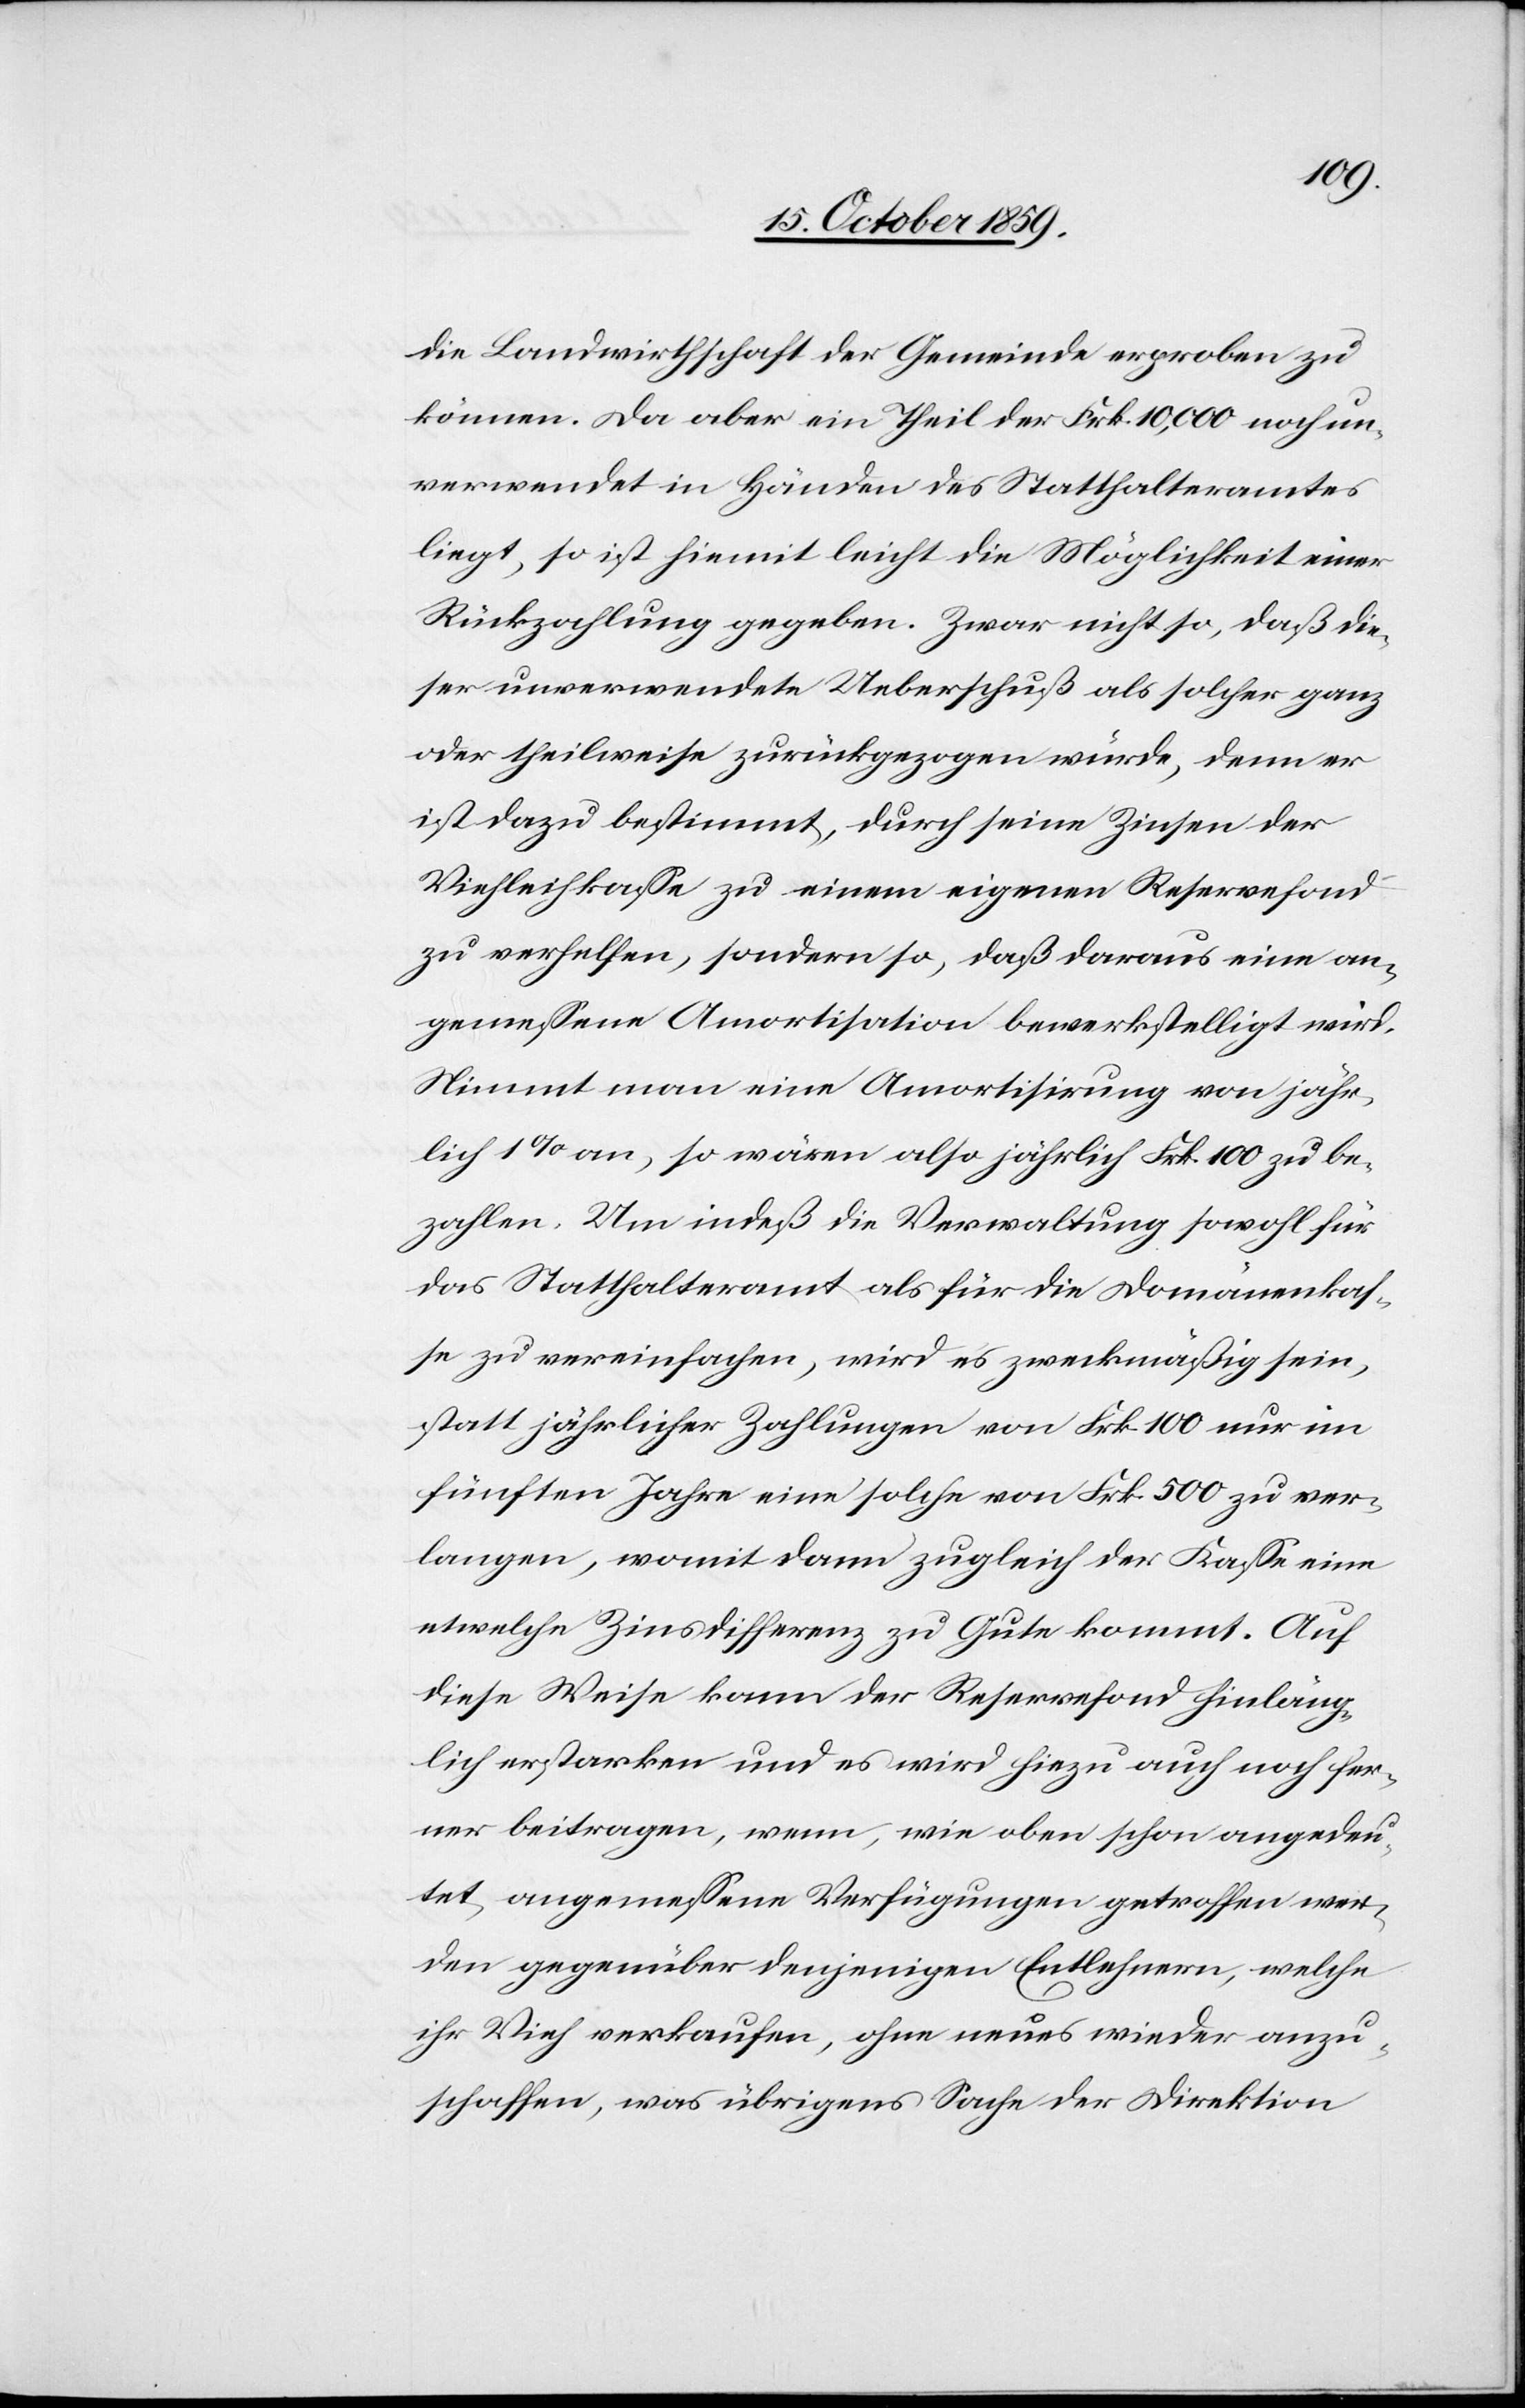
die Landwirthschaft der Gemeinde erproben zu
können. Da aber ein Theil der Frk. 10,000 noch un¬
verwendet in Händen des Statthalteramtes
liegt, so ist hiemit leicht die Möglichkeit einer
Rückzahlung gegeben. Zwar nicht so, daß die¬
ser unverwendete Ueberschuß als solcher ganz
oder theilweise zurückgezogen würde, denn er
ist dazu bestimmt, durch seine Zinsen der
Viehleihkasse zu einem eigenen Reservefond
zu verhelfen, sondern so, daß daraus eine an¬
gemessene Amortisation bewerkstelligt wird.
Nimmt man eine Amortisirung von jähr¬
lich 1 % an, so wären also jährlich Frk. 100 zu be¬
zahlen. Um indeß die Verwaltung sowohl für
das Statthalteramt als für die Domänenkas¬
se zu vereinfachen, wird es zweckmäßig sein,
statt jährlicher Zahlungen von Frk. 100 nur im
fünften Jahre eine solche von Frk. 500 zu ver¬
langen, womit dann zugleich der Kasse eine
etwelche Zinsdifferenz zu Gute kommt. Auf
diese Weise kann der Reservefond hinläng¬
lich erstarken und es wird hinzu auch noch fer¬
ner beitragen, wenn, wie oben schon angedeu¬
tete, angemessene Verfügungen getroffen wer¬
den gegenüber denjenigen Entlehnern, welche
ihr Vieh verkaufen, ohne neues wieder anzu¬
schaffen, was übrigens Sache der Direktion